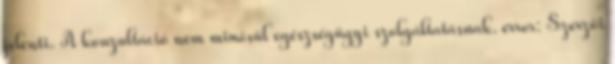
jelenti. A konzultáció nem minősül egészségügyi szolgáltatásnak. error: Szerzői